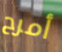
أمرح